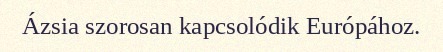
Ázsia szorosan kapcsolódik Európához.